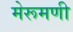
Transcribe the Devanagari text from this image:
मेरूमणी